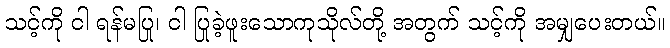
သင့်ကို ငါ ရန်မပြု၊ ငါ ပြုခဲ့ဖူးသောကုသိုလ်တို့ အတွက် သင့်ကို အမျှပေးတယ်။